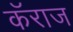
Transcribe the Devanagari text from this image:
कॅराज